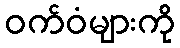
ဝက်ဝံများကို